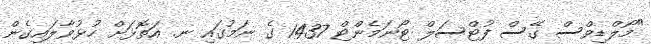
"މޯލްޑިވްސް ގޭސް ފުޓްސަލް ޓޯނަމެންޓް 1437 ގެ ނަމުގައި ނ. އަތޮޅަށް ހުޅުވާލައިގެން